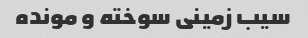
سیب زمینی سوخته و مونده